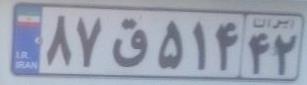
۸۷ق۵۱۴۴۲